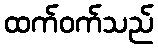
ထက်ဝက်သည်